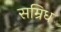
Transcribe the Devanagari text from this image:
सम्रिध